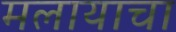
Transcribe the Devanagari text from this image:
मलायाचा